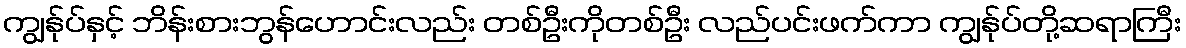
ကျွန်ုပ်နှင့် ဘိန်းစားဘွန်ဟောင်းလည်း တစ်ဦးကိုတစ်ဦး လည်ပင်းဖက်ကာ ကျွန်ုပ်တို့ဆရာကြီး